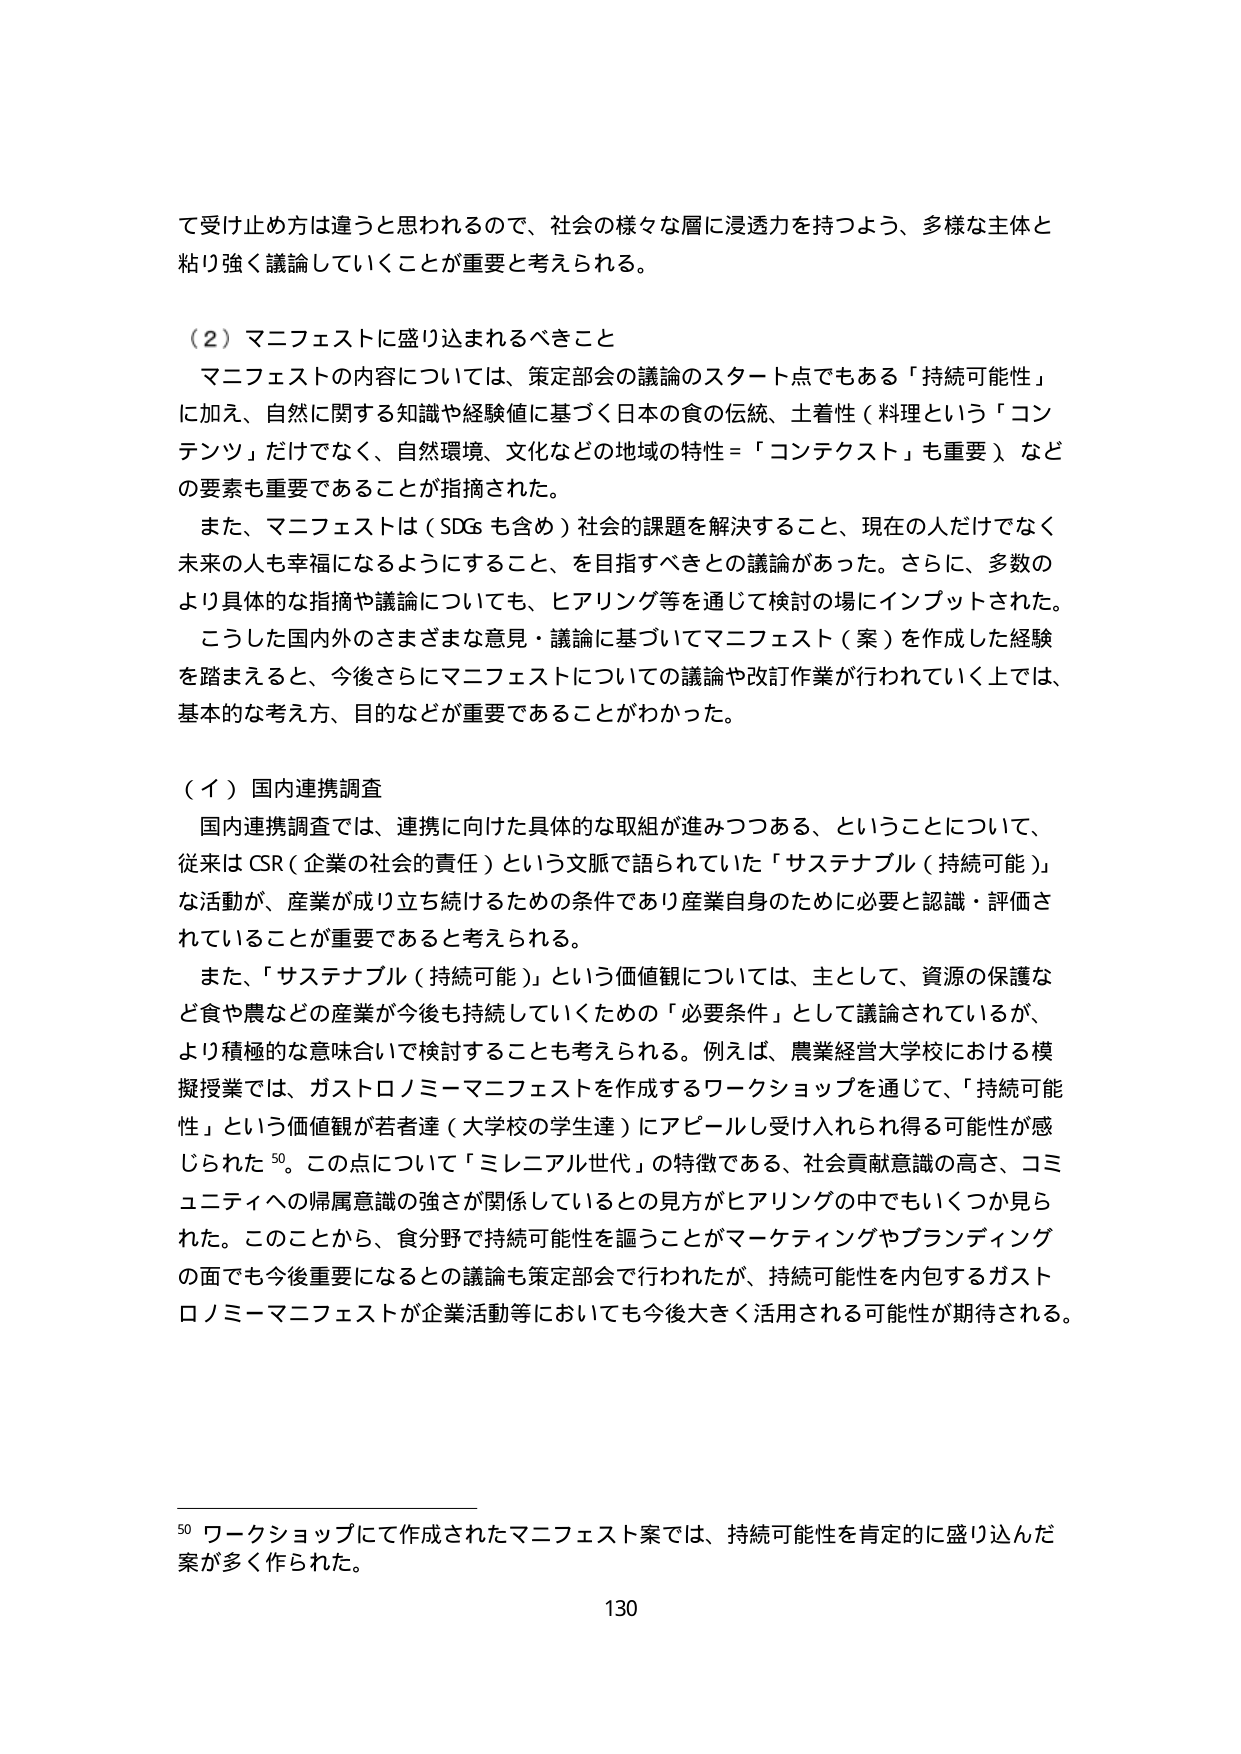
て受け止め方は違うと思われるので、社会の様々な層に浸透力を持つよう、多様な主体と
粘り強く議論していくことが重要と考えられる。

（２）マニフェストに盛り込まれるべきこと
マニフェストの内容については、策定部会の議論のスタート点でもある「持続可能性」
に加え、自然に関する知識や経験値に基づく日本の食の伝統、土着性（料理という「コン
テンツ」だけでなく、自然環境、文化などの地域の特性＝「コンテクスト」も重要）、など
の要素も重要であることが指摘された。
また、マニフェストは（SDGs も含め）社会的課題を解決すること、現在の人だけではなく
未来の人も幸福になるようにすること、を目指すべきとの議論があった。さらに、多数の
より具体的な指摘や議論についても、ヒアリング等を通じて検討の場にインプットされた。
こうした国内外のさまざまな意見・議論に基づいてマニフェスト（案）を作成した経験
を踏まえると、今後さらにマニフェストについての議論や改訂作業が行われていく上では、
基本的な考え方、目的などが重要であることがわかった。

（イ）国内連携調査
国内連携調査では、連携に向けた具体的な取組が進みつつある、ということについて、
従来は CSR（企業の社会的責任）という文脈で語られていた「サステナブル（持続可能）」
な活動が、産業が成り立ち続けるための条件であり産業自身のために必要と認識・評価さ
れていることが重要であると考えられる。
また、「サステナブル（持続可能）」という価値観については、主として、資源の保護な
ど食や農などの産業が今後も持続していくための「必要条件」として議論されているが、
より積極的な意味合いでの検討することも考えられる。例えば、農業経営大学校における模
擬授業では、ガストロノミーマニフェストを作成するワークショップを通じて、「持続可能
性」という価値観が若者達（大学校の学生達）にアピールし受け入れられ得る可能性が感
じられた 50。この点について「ミレニアル世代」の特徴である、社会貢献意識の高さ、コミ
ュニティへの帰属意識の強さが関係しているとの見方がヒアリングの中でもいくつか見ら
れた。このことから、食分野で持続可能性を謳うことがマーケティングやブランディング
の面でも今後重要になるとの議論も策定部会で行われたが、持続可能性を内包するガスト
ロノミーマニフェストが企業活動等においても今後大きく活用される可能性が期待される。

50 ワークショップにて作成されたマニフェスト案では、持続可能性を肯定的に盛り込んだ
案が多く作られた。
130